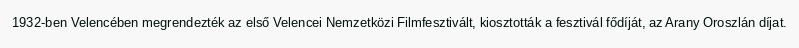
1932-ben Velencében megrendezték az első Velencei Nemzetközi Filmfesztivált, kiosztották a fesztivál fődíját, az Arany Oroszlán díjat.